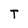
Character: T